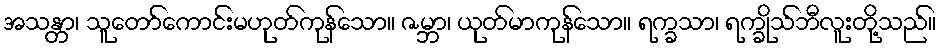
အသန္တာ၊ သူတော်ကောင်းမဟုတ်ကုန်သော။ ဇမ္ဘာ၊ ယုတ်မာကုန်သော။ ရက္ခသာ၊ ရက္ခိုသ်ဘီလူးတို့သည်။